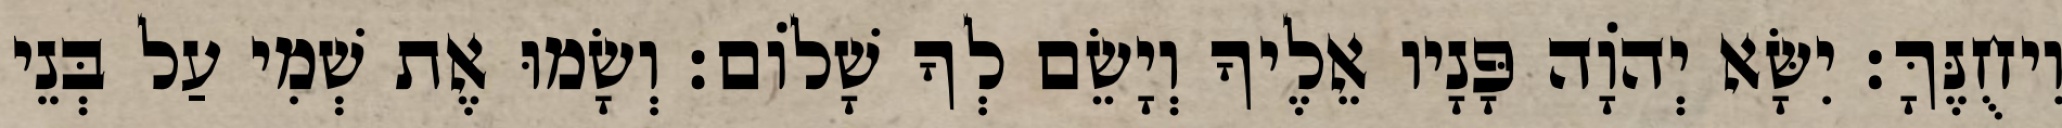
וִיחֻנֶּךָּ׃ יִשָּׂא יְהוָֹה פָּנָיו אֵלֶיךָ וְיָשֵׂם לְךָ שָׁלוֹם׃ וְשָׂמוּ אֶת שְׁמִי עַל בְּנֵי